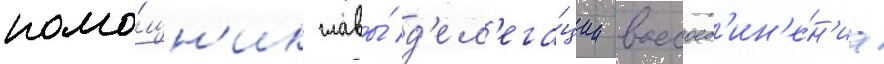
помо́щн'ик главы́ д'ел'ега́ции воссоед'ин'е́н'иа